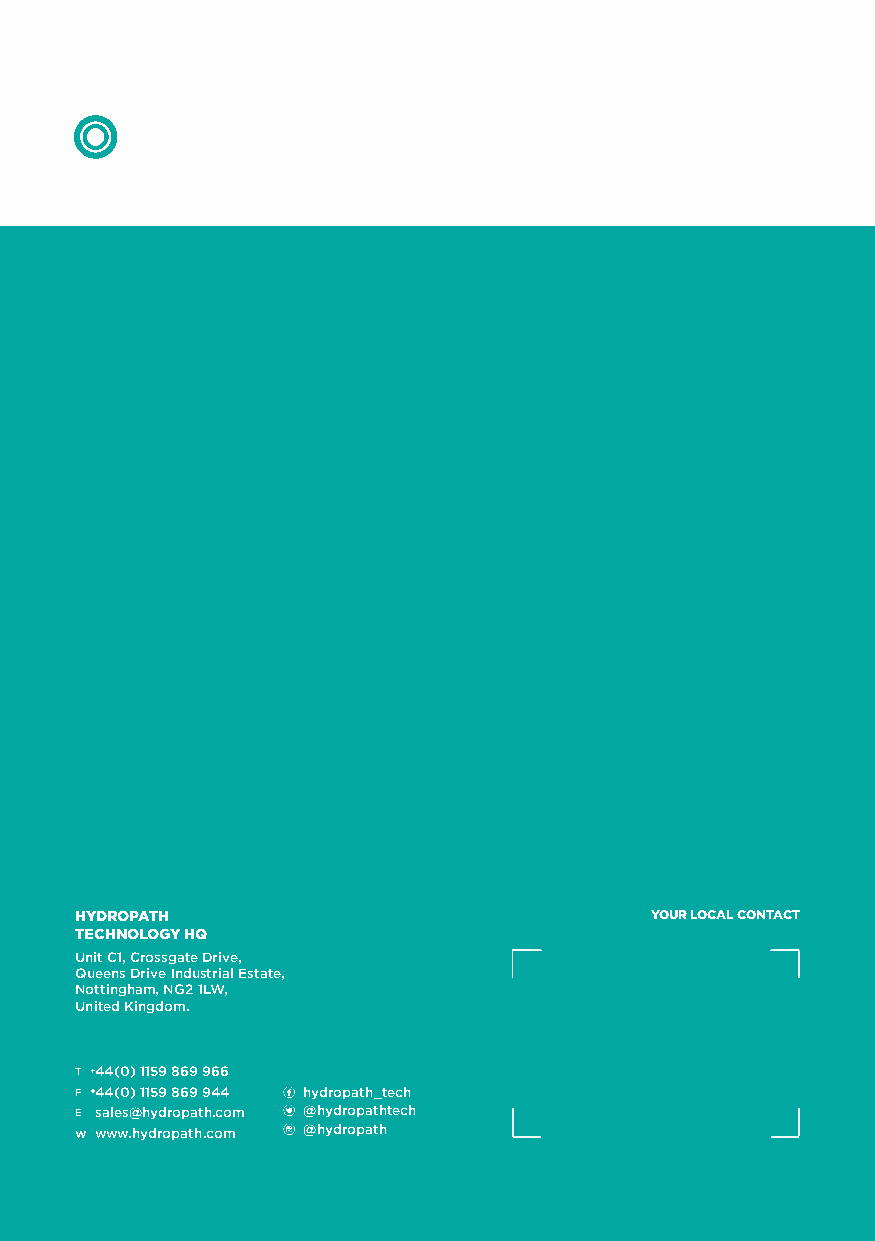
HYDROPATH                             YOUR LOCAL CONTACT
 TECHNOLOGY HQ
 Unit C1, Crossgate Drive,
 Queens Drive Industrial Estate,
 Nottingham, NG2 1LW,
 United Kingdom.
 T 44 (0) 1159 869 966
 F 44 (0) 1159 869 944 ] hydropath_tech
 E sales@hydropath.com ^ @hydropathtech
 W www.hydropath.com ` @hydropath